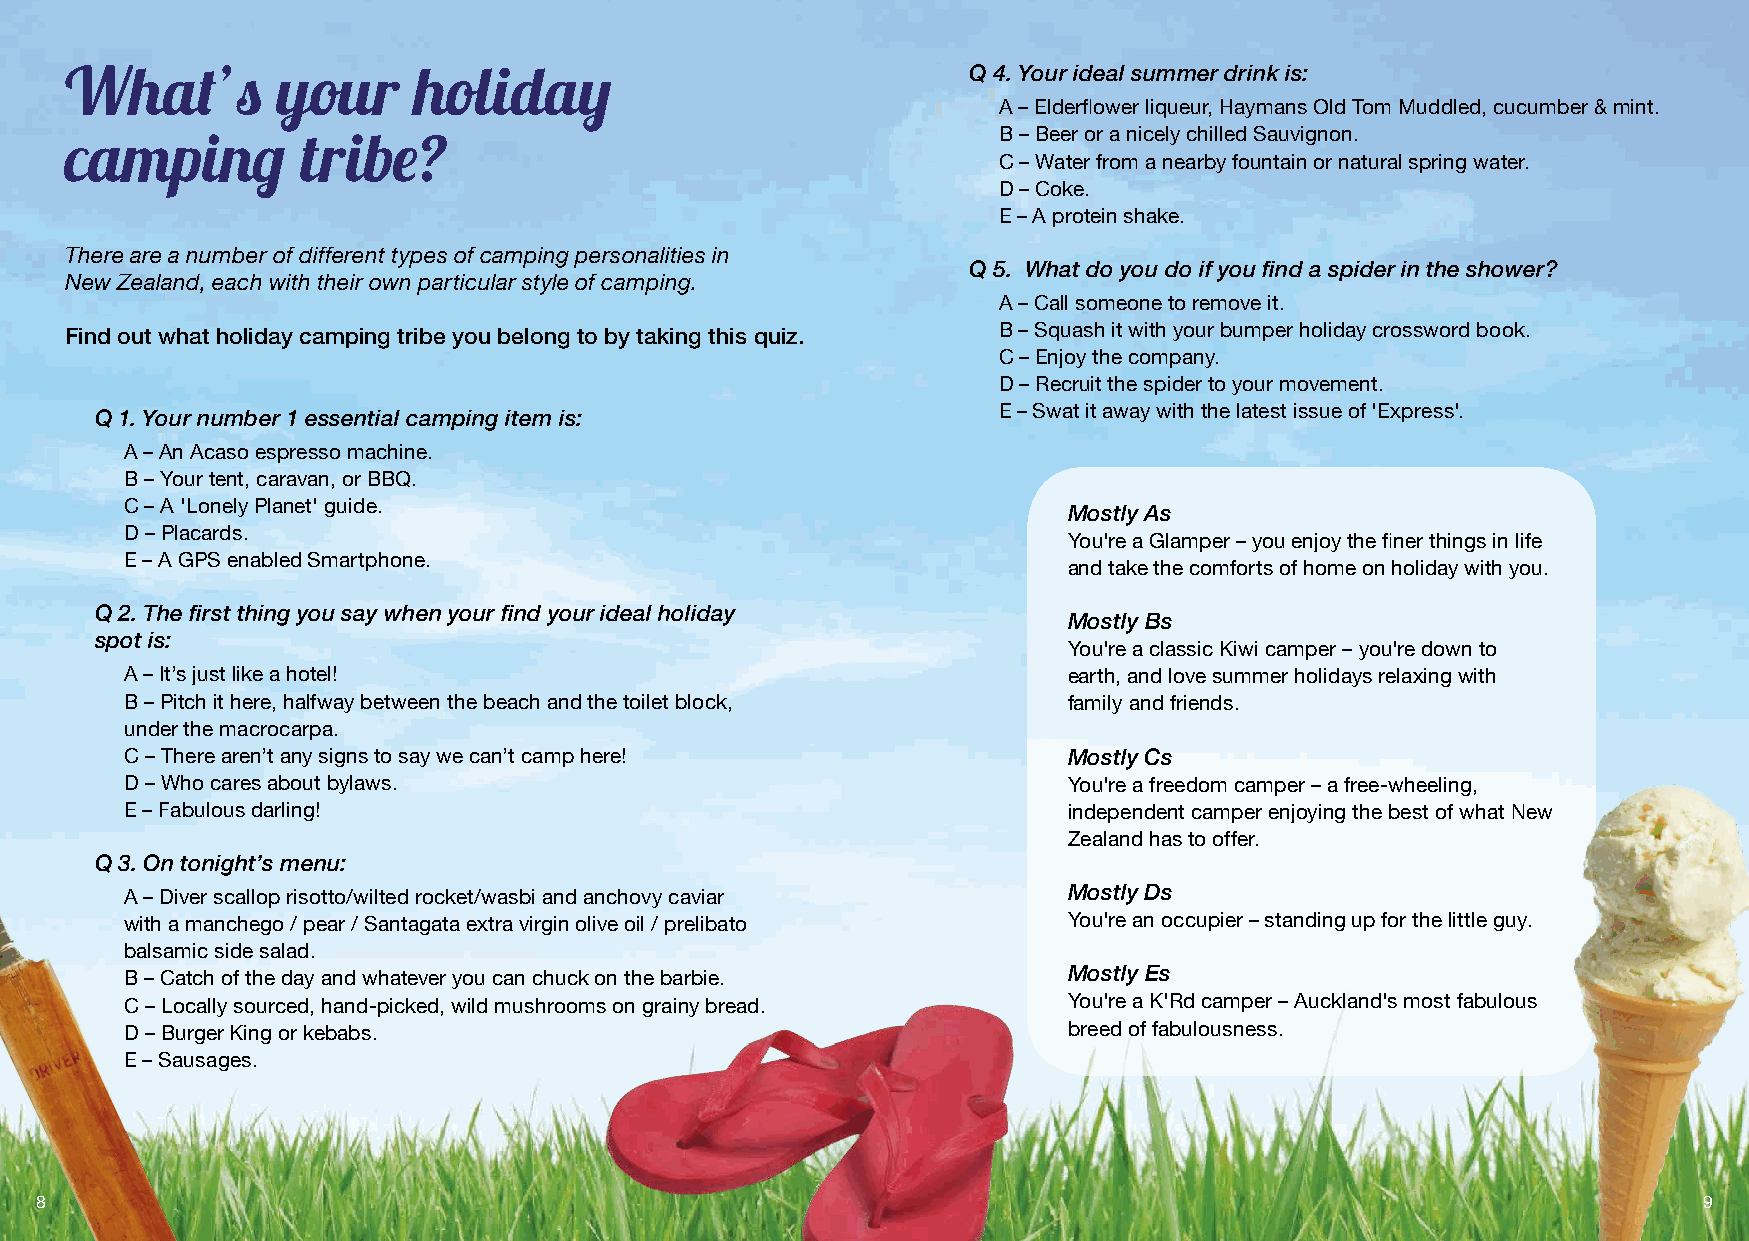
What’s        your     holiday                              Q 4. Your ideal summer drink is:
 A – Elderflower liqueur, Haymans Old Tom Muddled, cucumber & mint.
 B – Beer or a nicely chilled Sauvignon.
 camping         tribe?
 C – Water from a nearby fountain or natural spring water.
 D – Coke.
 E – A protein shake.
 There are a number of different types of camping personalities in
 Q 5. What do you do if you find a spider in the shower?
 New Zealand, each with their own particular style of camping.
 A – Call someone to remove it.
 Find out what holiday camping tribe you belong to by taking this quiz. B – Squash it with your bumper holiday crossword book.
 C – Enjoy the company.
 D – Recruit the spider to your movement.
 Q 1. Your number 1 essential camping item is:               E – Swat it away with the latest issue of 'Express'.
 A – An Acaso espresso machine.
 B – Your tent, caravan, or BBQ.
 C – A 'Lonely Planet' guide.                                   Mostly As
 D – Placards.
 You're a Glamper – you enjoy the finer things in life
 E – A GPS enabled Smartphone.
 and take the comforts of home on holiday with you.
 Q 2. The first thing you say when your find your ideal holiday
 Mostly Bs
 spot is:
 You're a classic Kiwi camper – you're down to
 A – It’s just like a hotel!                                    earth, and love summer holidays relaxing with
 B – Pitch it here, halfway between the beach and the toilet block, family and friends.
 under the macrocarpa.
 C – There aren’t any signs to say we can’t camp here!          Mostly Cs
 D – Who cares about bylaws.                                    You're a freedom camper – a free-wheeling,
 E – Fabulous darling!                                          independent camper enjoying the best of what New
 Zealand has to offer.
 Q 3. On tonight’s menu:
 A – Diver scallop risotto/wilted rocket/wasbi and anchovy caviar Mostly Ds
 with a manchego / pear / Santagata extra virgin olive oil / prelibato You're an occupier – standing up for the little guy.
 balsamic side salad.
 B – Catch of the day and whatever you can chuck on the barbie. Mostly Es
 C – Locally sourced, hand-picked, wild mushrooms on grainy bread. You're a K'Rd camper – Auckland's most fabulous
 D – Burger King or kebabs.                                     breed of fabulousness.
 E – Sausages.
 8                                                                                                              9